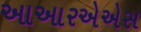
આઆરએએસ